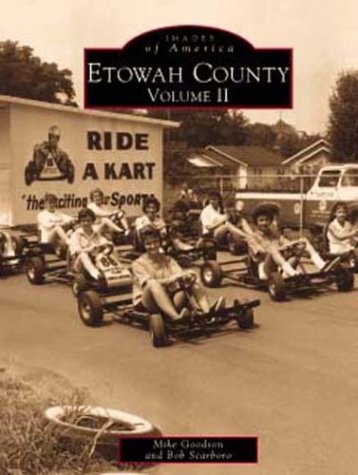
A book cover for Etowah County, AL Volume II; Bob Scarboro; Travel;